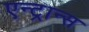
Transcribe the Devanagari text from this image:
एन्ट्रान्स